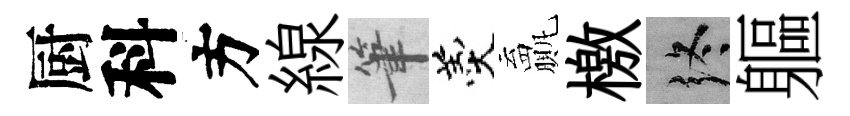
厨科方線筆羹贏檄终軀